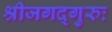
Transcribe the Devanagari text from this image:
श्रीजगद्गुरुः